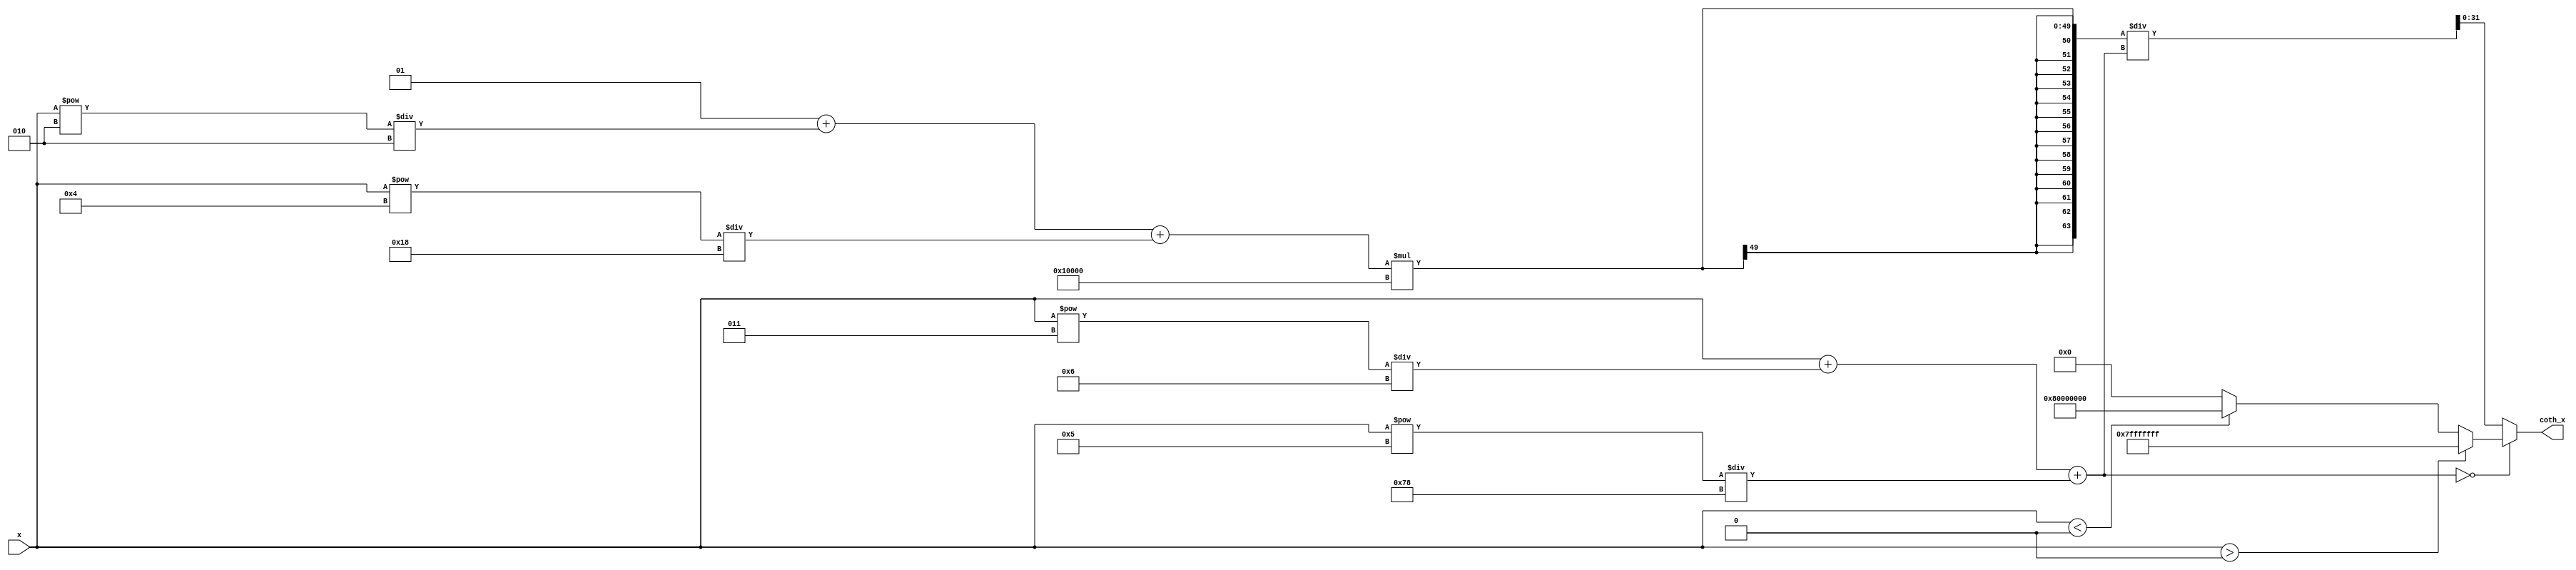
module coth(
    input wire signed [31:0] x,       // Input: Fixed-point representation (16.16)
    output reg signed [31:0] coth_x    // Output: Fixed-point representation (16.16)
);

    // Fixed-point parameters
    parameter FRAC_BITS = 16;
    parameter INT_BITS = 16;

    // Intermediate variables
    reg signed [31:0] cosh_x;
    reg signed [31:0] sinh_x;
    reg signed [63:0] ratio;

    // Cosh and sinh approximation using Taylor series
    function signed [31:0] sinh;
        input signed [31:0] x;
        begin
            sinh = (x + (x**3) / 6 + (x**5) / 120);
        end
    endfunction

    function signed [31:0] cosh;
        input signed [31:0] x;
        begin
            cosh = (1 + (x**2) / 2 + (x**4) / 24);
        end
    endfunction

    // Main computation
    always @(*) begin
        // Compute cosh(x) and sinh(x)
        cosh_x = cosh(x);
        sinh_x = sinh(x);

        // Handle special case for sinh(x) = 0
        if (sinh_x == 0) begin
            if (x > 0)
                coth_x = 32'h7FFFFFFF; // Positive infinity
            else if (x < 0)
                coth_x = 32'h80000000; // Negative infinity
            else
                coth_x = 32'h00000000; // Undefined case
        end else begin
            // Calculate coth(x) = cosh(x) / sinh(x)
            ratio = cosh_x * (1 << FRAC_BITS) / sinh_x; // Scale for fixed-point division
            coth_x = ratio[31:0]; // Take lower 32 bits for fixed-point representation
        end
    end

endmodule